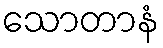
သောတာနံ